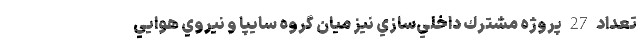
تعداد 27 پروژه مشترك داخلي‌سازي نيز ميان گروه سايپا و نيروي هوايي